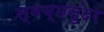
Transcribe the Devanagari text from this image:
स्वच्छसुंदर